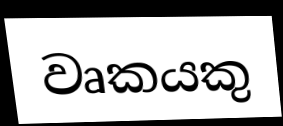
වෘකයකු